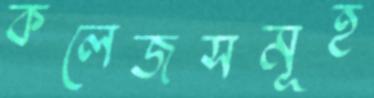
কলেজসমূহ